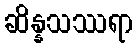
ဆိန္နသဿရာ